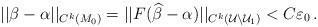
LaTeX: \begin{align*}||\beta-\alpha||_{C^k(M_0)}=||F(\widehat \beta -\alpha)||_{C^k(\mathcal U\backslash \mathcal U_1)}<C\varepsilon_0\,.\end{align*}